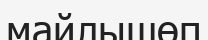
майлышөп